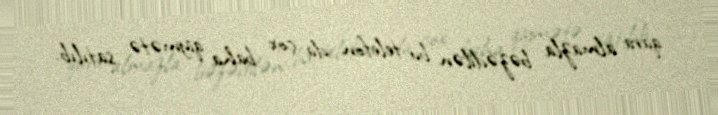
qara almazla bəzədilən bu telefon da çox baha qiymətə satılıb.